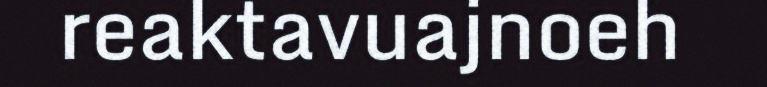
reaktavuajnoeh